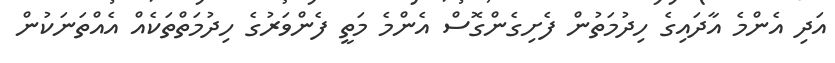
އަދި އެންމެ އާދައިގެ ހިދުމަތުން ފެށިގެންގޮސް އެންމެ މަތީ ފެންވަރުގެ ހިދުމަތްތަކެއް އެއްތަނަކުން